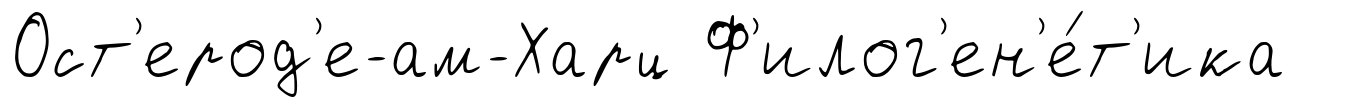
Ост'ерод'е-ам-Харц Ф'илог'ен'е́т'ика